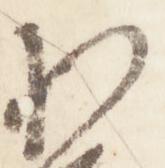
権